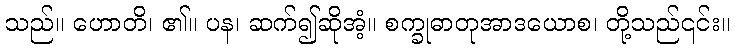
သည်။ ဟောတိ၊ ၏။ ပန၊ ဆက်၍ဆိုအံ့။ စက္ခုဓာတုအာဒယောစ၊ တို့သည်၎င်း။